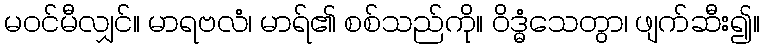
မဝင်မီလျှင်။ မာရဗလံ၊ မာရ်၏ စစ်သည်ကို။ ဝိဒ္ဓံသေတွာ၊ ဖျက်ဆီး၍။